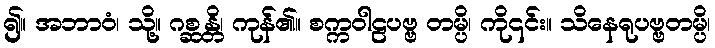
၍။ အဘာဝံ၊ သို့။ ဂစ္ဆန္တိ၊ ကုန်၏။ စက္ကဝါဠပဗ္ဗ တမ္ပိ၊ ကို၎င်း။ သိနေရုပဗ္ဗတမ္ပိ၊